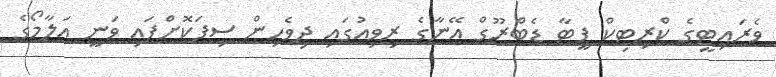
ވެރައިޓީގެ ކްރިޓިކް ޕީޓާ ޑެބްރޫގް އޭނާގެ ރިވިއުގައި ދިވެހިން ސިފަކޮށްފައި ވަނީ އަލާމޯގެ